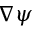
\nabla \psi